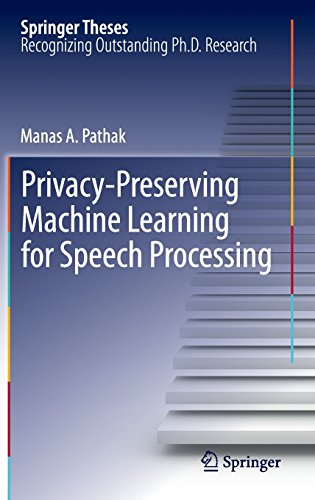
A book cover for Privacy-Preserving Machine Learning for Speech Processing (Springer Theses); Manas A. Pathak; Computers & Technology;